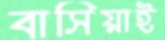
বাসিয়াই